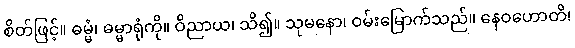
စိတ်ဖြင့်။ ဓမ္မံ၊ ဓမ္မာရုံကို။ ဝိညာယ၊ သိ၍။ သုမနော၊ ဝမ်းမြောက်သည်။ နေဝဟောတိ၊